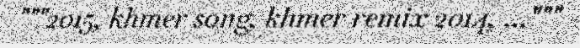
"""2015, khmer song, khmer remix 2014, ..."""